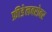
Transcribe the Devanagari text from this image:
फ्रीडेलबरोबर